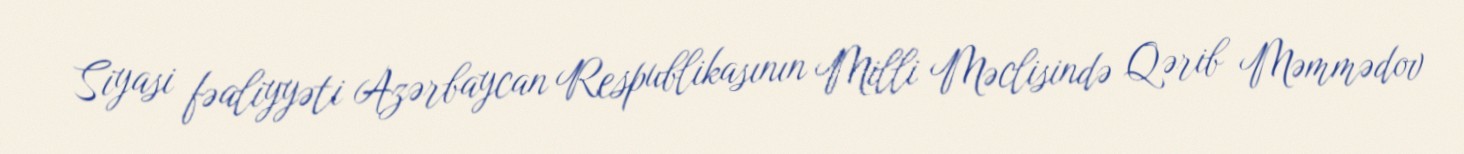
Siyasi fəaliyyəti Azərbaycan Respublikasının Milli Məclisində Qərib Məmmədov